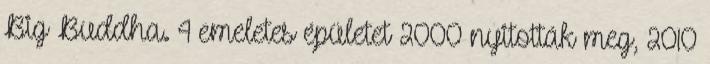
Big Buddha. 4 emeletes épületet 2000 nyitották meg, 2010